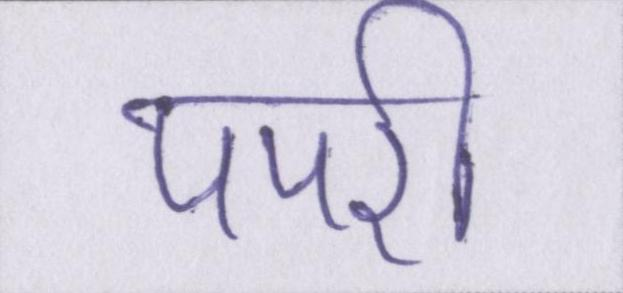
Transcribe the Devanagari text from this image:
पपरी